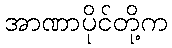
အာဏာပိုင်တို့က